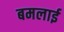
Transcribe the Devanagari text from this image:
बमलाई